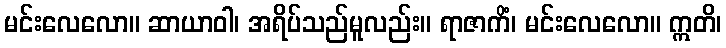
မင်းလေလော။ ဆာယာဝါ၊ အရိပ်သည်မူလည်း။ ရာဇာကိံ၊ မင်းလေလော။ ဣတိ၊